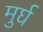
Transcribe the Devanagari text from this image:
मुर्घ